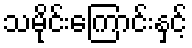
သမိုင်းကြောင်းနှင့်